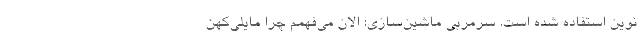
نوین استفاده شده است. سرمربی ماشین‌سازی: الان می‌فهمم چرا مایلی‌کهن